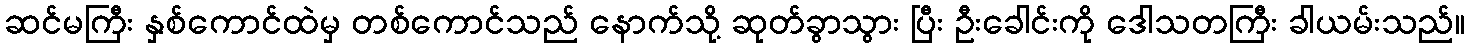
ဆင်မကြီး နှစ်ကောင်ထဲမှ တစ်ကောင်သည် နောက်သို့ ဆုတ်ခွာသွား ပြီး ဦးခေါင်းကို ဒေါသတကြီး ခါယမ်းသည်။